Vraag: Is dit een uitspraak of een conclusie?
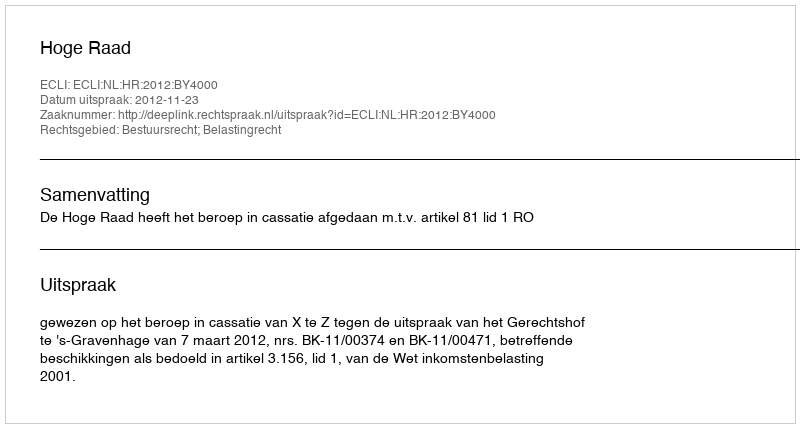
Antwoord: Uitspraak